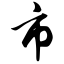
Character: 市